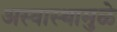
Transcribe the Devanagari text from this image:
अस्वास्थामुळे